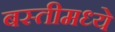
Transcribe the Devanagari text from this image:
बस्तीमध्ये